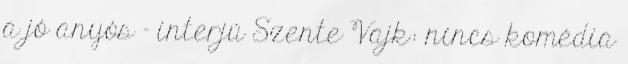
a jó anyós - interjú Szente Vajk: nincs komédia